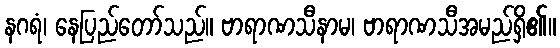
နဂရံ၊ နေပြည်တော်သည်။ ဗာရာဏသီနာမ၊ ဗာရာဏသီအမည်ရှိ၏။